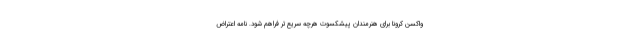
واکسن کرونا برای هنرمندان پیشکسوت هرچه سریع‌تر فراهم شود. نامه اعتراض